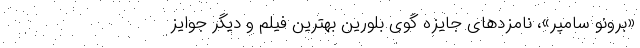
«برونو سامپر»، نامزدهای جایزه گوی بلورین بهترین فیلم و دیگر جوایز